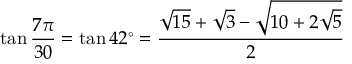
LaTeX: \tan { \frac { 7 \pi } { 3 0 } } = \tan 4 2 ^ { \circ } = { \frac { { \sqrt { 1 5 } } + { \sqrt { 3 } } - { \sqrt { 1 0 + 2 { \sqrt { 5 } } } } } { 2 } }